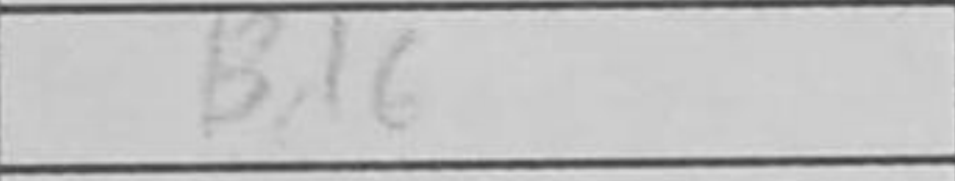
Transcription: Bd6